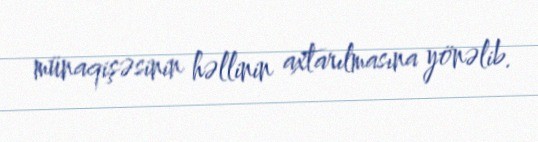
münaqişəsinin həllinin axtarılmasına yönəlib.